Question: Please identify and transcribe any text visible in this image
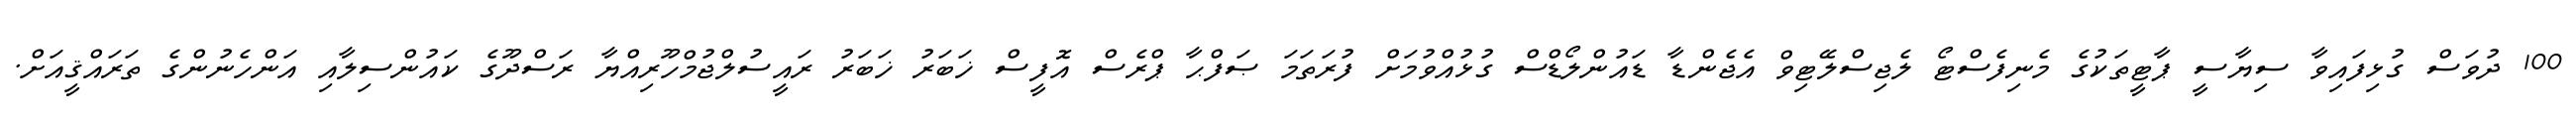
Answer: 100 ދުވަސް ގުޅިފައިވާ ސިޔާސީ ޕާޓީތަކުގެ މެނިފެސްޓޯ ލެޖިސްލޭޓިވް އެޖެންޑާ ޑައުންލޯޑްސް ގުޅުއްވުމަށް ފުރަތަމަ ޞަފްޙާ ޕްރެސް އޮފީސް ޚަބަރު ޚަބަރު ރައީސުލްޖުމްހޫރިއްޔާ ރަސްދޫގެ ކައުންސިލާއި އަންހެނުންގެ ތަރައްޤީއަށް.